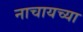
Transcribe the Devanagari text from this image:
नाचायच्या